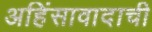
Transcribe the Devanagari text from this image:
अहिंसावादाची